Investigations on Bengal jail dietaries - Number 37
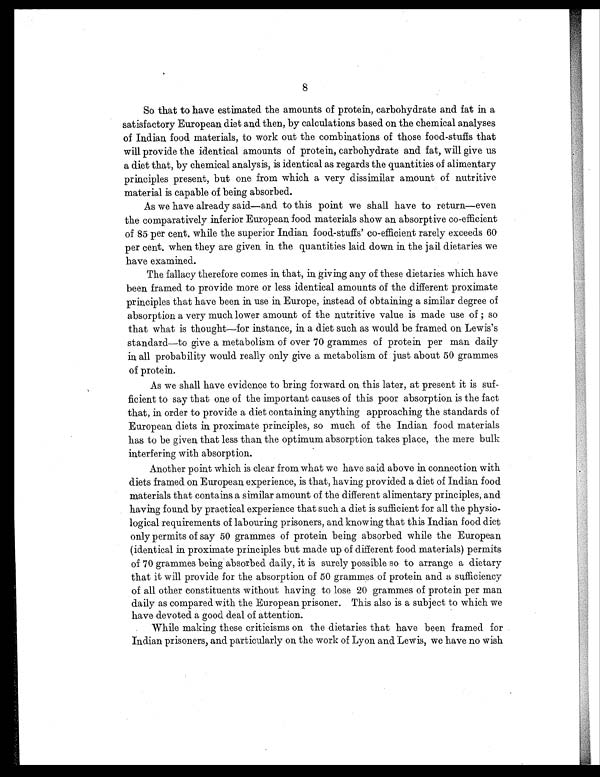
8
So that to have estimated the amounts of protein, carbohydrate and fat in a
satisfactory European diet and then, by calculations based on the chemical analyses
of Indian food materials, to work out the combinations of those food-stuffs that
will provide the identical amounts of protein, carbohydrate and fat, will give us
a diet that, by chemical analysis, is identical as regards the quantities of alimentary
principles present, but one from which a very dissimilar amount of nutritive
material is capable of being absorbed.
As we have already said—and to this point we shall have to return—even
the comparatively inferior European food materials show an absorptive co-efficient
of 85 per cent. while the superior Indian food-stuffs' co-efficient rarely exceeds 60
per cent. when they are given in the quantities laid down in the jail dietaries we
have examined.
The fallacy therefore comes in that, in giving any of these dietaries which have
been framed to provide more or less identical amounts of the different proximate
principles that have been in use in Europe, instead of obtaining a similar degree of
absorption a very much lower amount of the nutritive value is made use of ; so
that what is thought—for instance, in a diet such as would be framed on Lewis's
standard—to give a metabolism of over 70 grammes of protein per man daily
in all probability would really only give a metabolism of just about 50 grammes
of protein.
As we shall have evidence to bring forward on this later, at present it is suf-
ficient to say that one of the important causes of this poor absorption is the fact
that, in order to provide a diet containing anything approaching the standards of
European diets in proximate principles, so much of the Indian food materials
has to be given that less than the optimum absorption takes place, the mere bulk
interfering with absorption.
Another point which is clear from what we have said above in connection with
diets framed on European experience, is that, having provided a diet of Indian food
materials that contains a similar amount of the different alimentary principles, and
having found by practical experience that such a diet is sufficient for all the physio-
logical requirements of labouring prisoners, and knowing that this Indian food diet
only permits of say 50 grammes of protein being absorbed while the European
(identical in proximate principles but made up of different food materials) permits
of 70 grammes being absorbed daily, it is surely possible so to arrange a dietary
that it will provide for the absorption of 50 grammes of protein and a sufficiency
of all other constituents without having to lose 20 grammes of protein per man
daily as compared with the European prisoner. This also is a subject to which we
have devoted a good deal of attention.
While making these criticisms on the dietaries that have been framed for
Indian prisoners, and particularly on the work of Lyon and Lewis, we have no wish